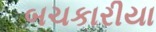
બચકારીયા